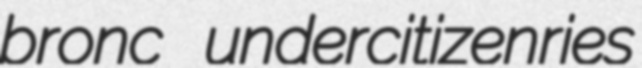
bronc undercitizenries